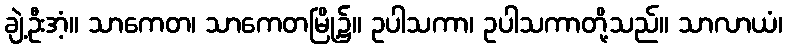
ချဲ့ဦးအံ့။ သာကေတ၊ သာကေတမြို့၌။ ဥပါသကာ၊ ဥပါသကာတို့သည်။ သာလာယံ၊